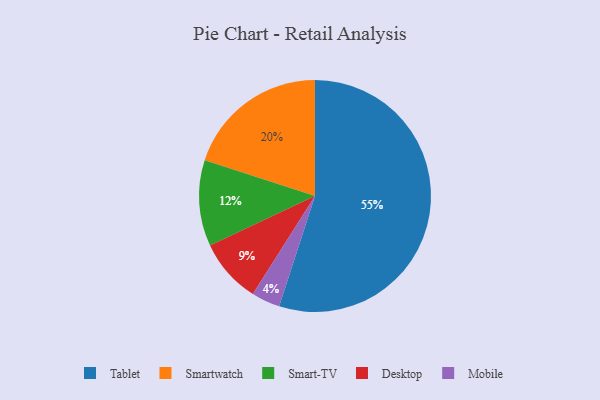
{"axis": {"x": "Category", "y": "Percentage"}, "legend": ["Desktop", "Mobile", "Smart-TV", "Smartwatch", "Tablet"], "data": [{"x": "Smartwatch", "y": 20, "type": "Smartwatch"}, {"x": "Smart-TV", "y": 12, "type": "Smart-TV"}, {"x": "Mobile", "y": 4, "type": "Mobile"}, {"x": "Tablet", "y": 55, "type": "Tablet"}, {"x": "Desktop", "y": 9, "type": "Desktop"}]}